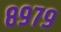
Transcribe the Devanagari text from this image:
८९७९